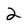
Character: 2